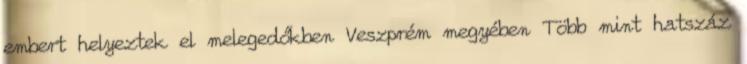
embert helyeztek el melegedőkben Veszprém megyében Több mint hatszáz